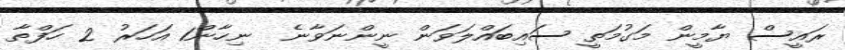
ރައީސް ޔާމީން މަގުމަތީ ސައިބައްލަވަން ނީންނަވާނެ  ނިހާން1 އަހަރު 2 ހަފްތާ